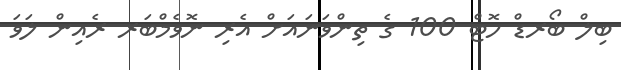
ބިލް ބޯރޑް ހޮޓް 100 ގެ ތިންވަނައަށް އެރި ނޮވެމްބަރ ރެއިން ލަވަ